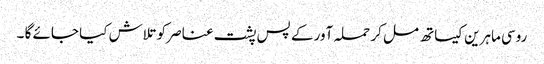
روسی ماہرین کیساتھ مل کر حملہ آور کے پس پشت عناصر کو تلاش کیا جائے گا ۔